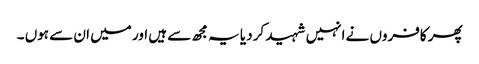
پھر کافروں نے انہیں شہید کر دیا یہ مجھ سے ہیں اور میں ان سے ہوں ۔